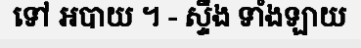
ទៅ អបាយ ។ - ស្ទឹង ទាំងឡាយ